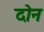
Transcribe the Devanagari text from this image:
दोेन